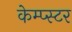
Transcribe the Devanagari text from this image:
केम्प्स्टर